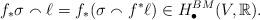
LaTeX: \begin{align*}f_*\sigma \smallfrown \ell = f_*(\sigma \smallfrown f^*\ell) \in H^{BM}_{\bullet}(V, \mathbb{R}).\end{align*}